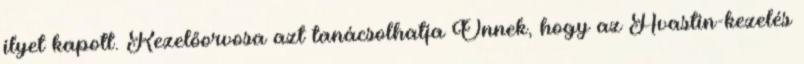
ilyet kapott. Kezelőorvosa azt tanácsolhatja Önnek, hogy az Avastin-kezelés